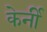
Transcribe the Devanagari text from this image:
केर्नी